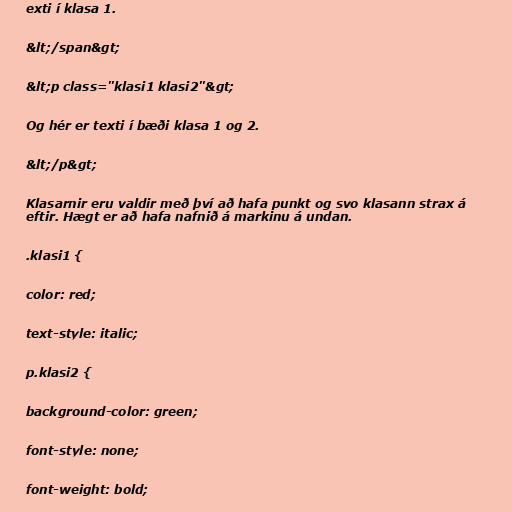
exti í klasa 1.

&lt;/span&gt;

&lt;p class="klasi1 klasi2"&gt;

Og hér er texti í bæði klasa 1 og 2.

&lt;/p&gt;

Klasarnir eru valdir með því að hafa punkt og svo klasann strax á
eftir. Hægt er að hafa nafnið á markinu á undan.

.klasi1 {

color: red;

text-style: italic;

p.klasi2 {

background-color: green;

font-style: none;

font-weight: bold;